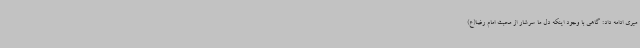
میری ادامه داد: گاهی با وجود اینکه دل ما سرشار از محبت امام رضا(ع)